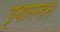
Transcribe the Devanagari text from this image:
पृथानन्दन